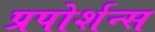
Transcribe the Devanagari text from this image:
प्रपोर्शन्स